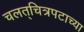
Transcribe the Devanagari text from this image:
चलत्‌चित्रपटाच्या